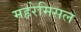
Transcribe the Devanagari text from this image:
महरेमिसल